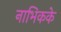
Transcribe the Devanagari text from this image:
नाभिकके